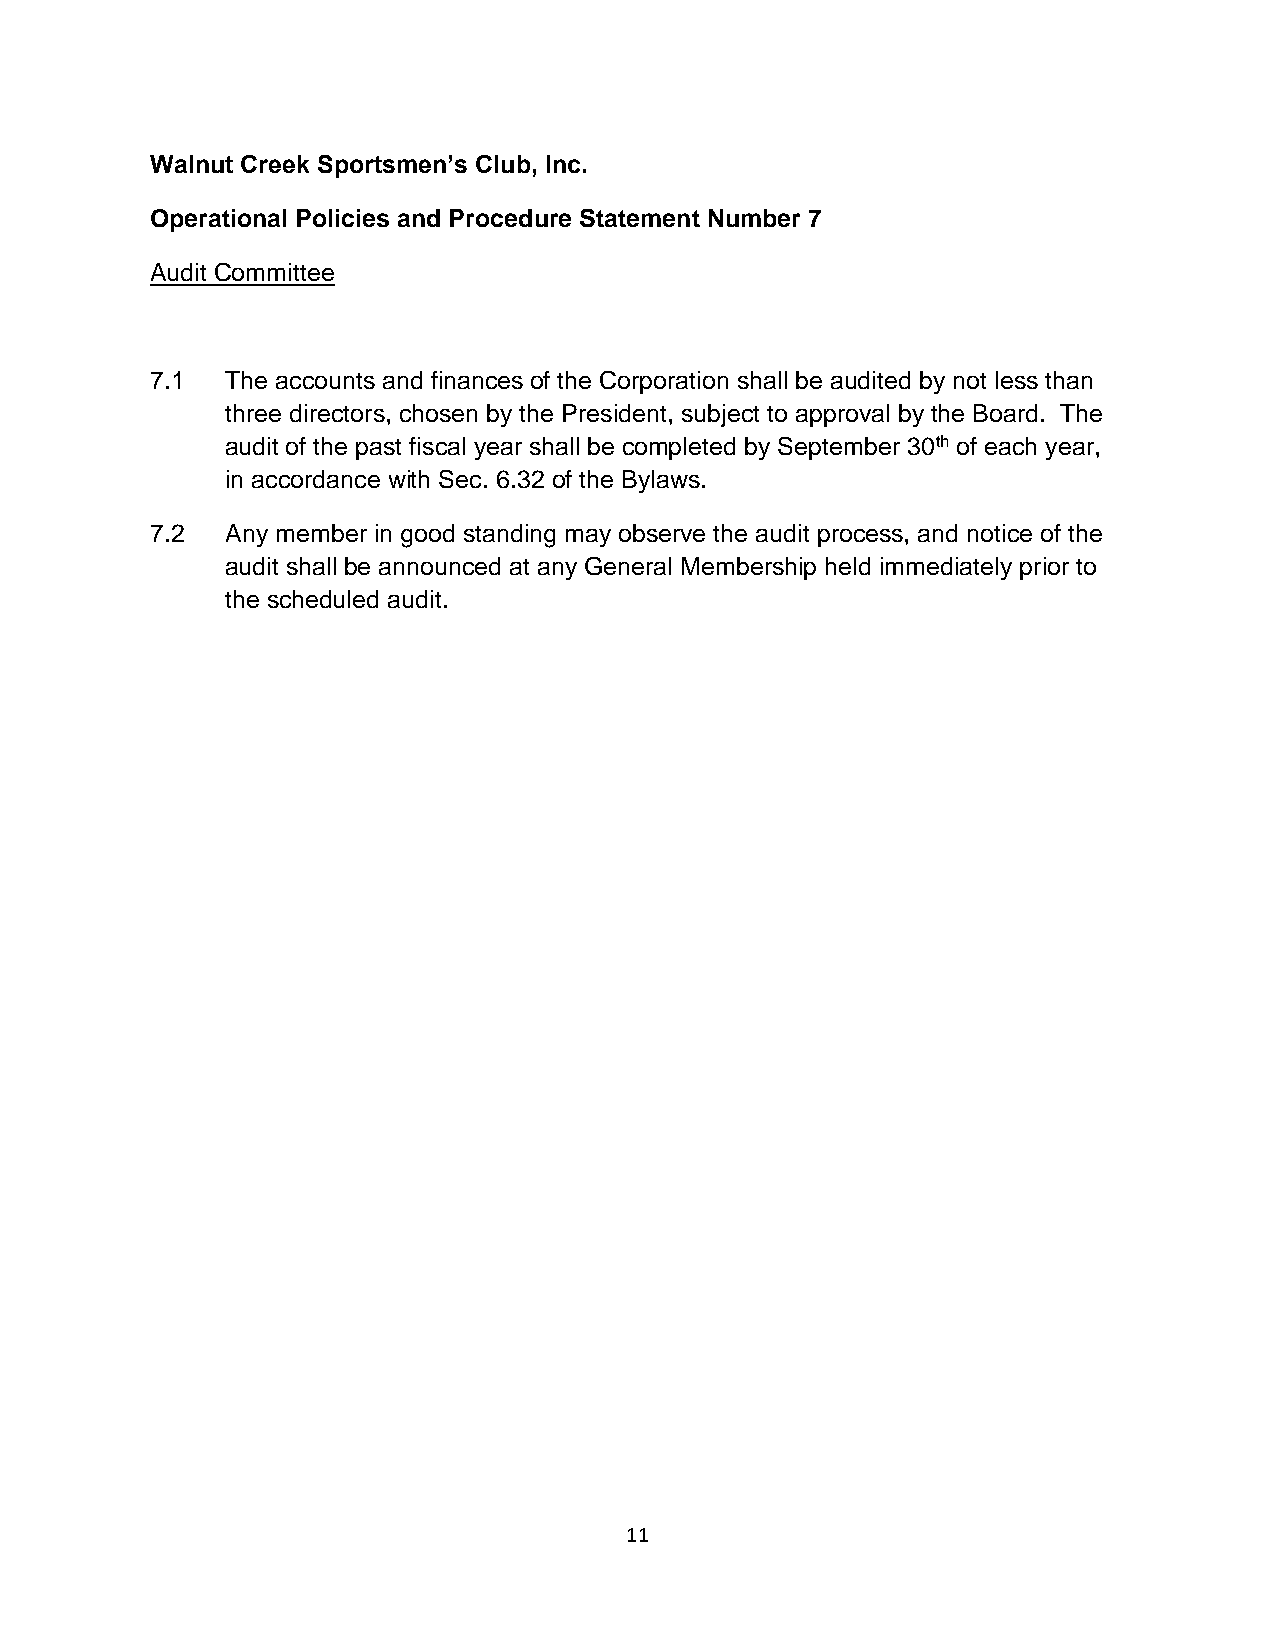
Walnut Creek Sportsmen’s Club, Inc.
 Operational Policies and Procedure Statement Number 7
 Audit Committee
 7.1  The accounts and finances of the Corporation shall be audited by not less than
 three directors, chosen by the President, subject to approval by the Board. The
 audit of the past fiscal year shall be completed by September 30th of each year,
 in accordance with Sec. 6.32 of the Bylaws.
 7.2  Any member in good standing may observe the audit process, and notice of the
 audit shall be announced at any General Membership held immediately prior to
 the scheduled audit.
 11